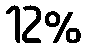
12%